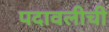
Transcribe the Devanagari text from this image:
पदावलीची